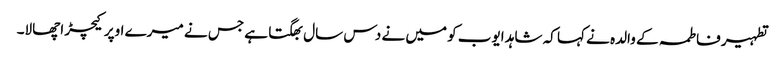
تطہیر فاطمہ کے والدہ نے کہا کہ شاہد ایوب کو میں نے دس سال بھگتا ہے جس نے میرے اوپر کیچڑ اچھالا۔